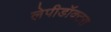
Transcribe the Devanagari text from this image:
लेपीडॉक्टरा